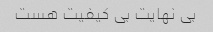
بی نهایت بی کیفیت هست